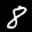
Label: 8